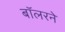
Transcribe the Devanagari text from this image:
बॉलरने